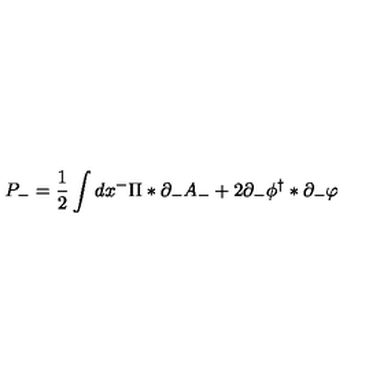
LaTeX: P _ { - } = \frac 1 2 \int d x ^ { - } \Pi \ast \partial _ { - } A _ { - } + 2 \partial _ { - } \phi ^ { \dag } \ast \partial _ { - } \varphi